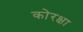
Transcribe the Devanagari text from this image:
कोरक्षा